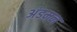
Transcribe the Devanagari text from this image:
अंडमन